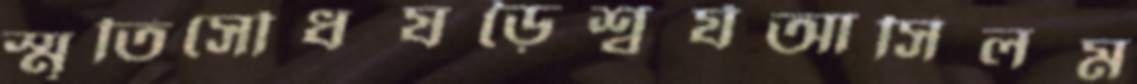
স্মৃতিসৌধষড়ৈশ্বর্যআসিলম